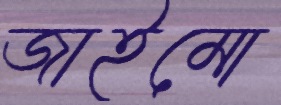
জাইমো